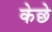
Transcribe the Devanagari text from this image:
केछे